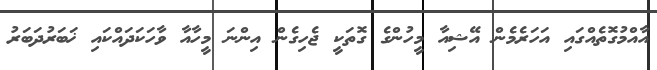
އާއްމުގޮތެއްގައި އަހަރެމެން އޭޝިއާ މީހުންގެ ގޮތަކީ ޖެހިގެން އިންނަ މީހާއާ ވާހަކަދައްކައި ޚަބަރުދަބަރު